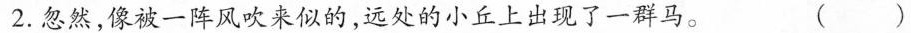
2.忽然，像被一阵风吹来似的，远处的小丘上出现了一群马。 ( )